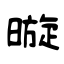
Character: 暶